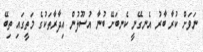
ނަވަށް ކުރާ ބާރު އެނގޭނީ ކެނބަށޭ ބުނާ އުސޫލުން އިދާރާތަކުގެ މަތީގައި ތިބޭ